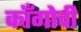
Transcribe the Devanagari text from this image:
काँगोची